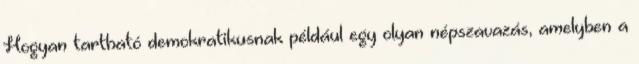
Hogyan tartható demokratikusnak például egy olyan népszavazás, amelyben a